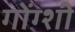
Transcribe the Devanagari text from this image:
गोंग्शी